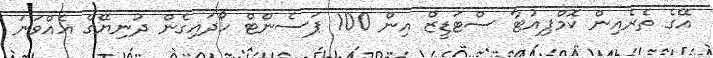
އޭގެ ތެރެއިން ކޮމްޕިއުޓާ ސްޓަޑީޒް އިން 100 ޕަސެންޓް ހޯދައިގެން ދުނިޔޭގެ އެއްވަނަ